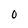
Character: 0